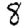
Digit: 8